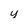
Character: y